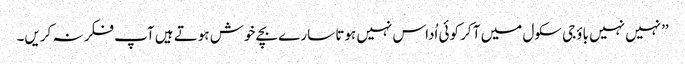
’’نہیں نہیں باؤجی سکول میں آ کر کوئی اُداس نہیں ہوتا سارے بچے خوش ہوتے ہیں آپ فکر نہ کریں۔